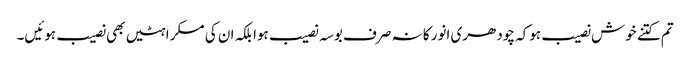
تم کتنے خوش نصیب ہوکہ چودھری انور کا نہ صرف بوسہ نصیب ہوا بلکہ ان کی مسکراہٹیں بھی نصیب ہوئیں۔